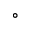
^ { \circ }